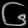
Digit: ၆